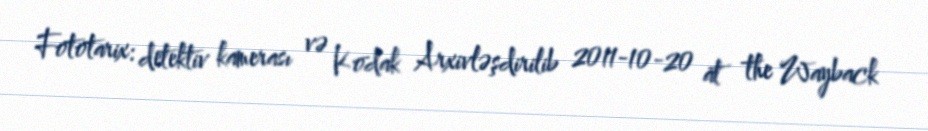
Fototarix: detektiv kamerası və Kodak Arxivləşdirilib 2011-10-20 at the Wayback